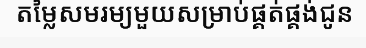
តម្លៃសមរម្យមួយសម្រាប់ផ្គត់ផ្គង់ជូន